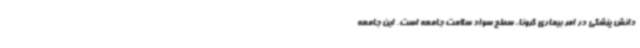
دانش پزشکی در امر بیماری کرونا، سطح سواد سلامت جامعه است. این جامعه